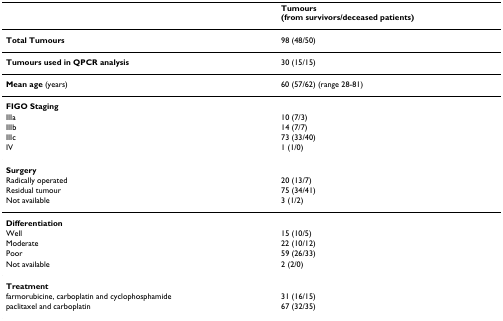
<table><thead><tr><td></td><td><b>Tumours(from survivors/deceased patients)</b></td></tr></thead><tbody><tr><td><b>Total Tumours</b></td><td>98 (48/50)</td></tr><tr><td><b>Tumours used in QPCR analysis</b></td><td>30 (15/15)</td></tr><tr><td><b>Mean age </b>(years)</td><td>60 (57/62) (range 28-81)</td></tr><tr><td><b>FIGO Staging</b></td><td></td></tr><tr><td>IIIa</td><td>10 (7/3)</td></tr><tr><td>IIIb</td><td>14 (7/7)</td></tr><tr><td>IIIc</td><td>73 (33/40)</td></tr><tr><td>IV</td><td>1 (1/0)</td></tr><tr><td><b>Surgery</b></td><td></td></tr><tr><td>Radically operated</td><td>20 (13/7)</td></tr><tr><td>Residual tumour</td><td>75 (34/41)</td></tr><tr><td>Not available</td><td>3 (1/2)</td></tr><tr><td><b>Differentiation</b></td><td></td></tr><tr><td>Well</td><td>15 (10/5)</td></tr><tr><td>Moderate</td><td>22 (10/12)</td></tr><tr><td>Poor</td><td>59 (26/33)</td></tr><tr><td>Not available</td><td>2 (2/0)</td></tr><tr><td><b>Treatment</b></td><td></td></tr><tr><td>farmorubicine, carboplatin and cyclophosphamide</td><td>31 (16/15)</td></tr><tr><td>paclitaxel and carboplatin</td><td>67 (32/35)</td></tr></tbody></table>